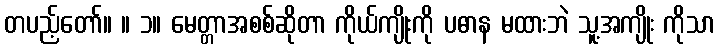
တပည့်တော်။ ။ ၁။ မေတ္တာအစစ်ဆိုတာ ကိုယ်ကျိုးကို ပဓာန မထားဘဲ သူ့အကျိုး ကိုသာ